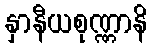
နှာနီယစုဏ္ဏာနိ